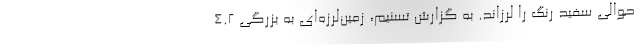
حوالی سفید رنگ را لرزاند. به گزارش تسنیم، زمین‌لرزه‌‌ای به بزرگی 4.2